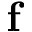
\mathbf { f }